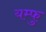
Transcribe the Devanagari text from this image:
यम्फु